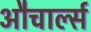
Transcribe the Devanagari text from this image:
औचार्ल्स